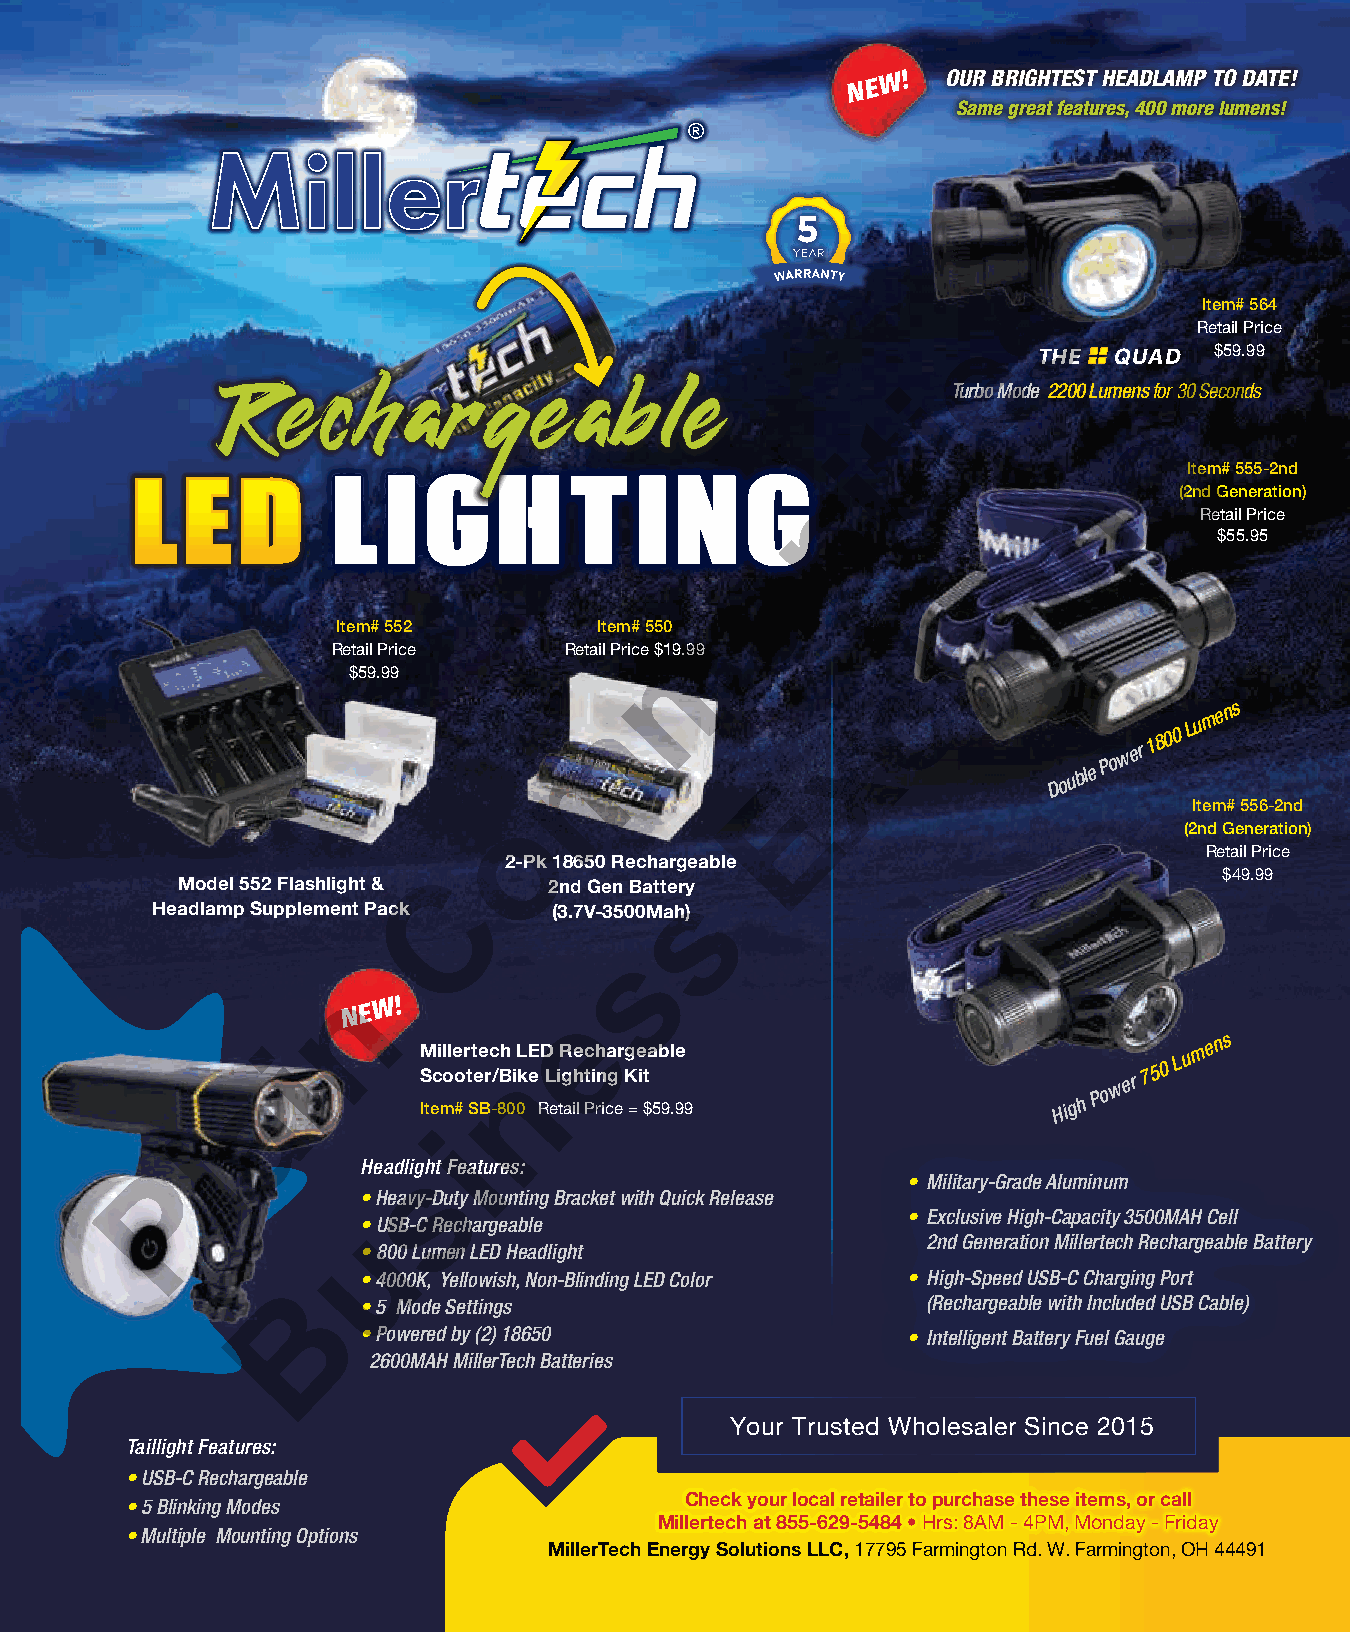
N E W ! OUR BRIGHTEST HEADLAMP TO DATE!
 Same great features, 400 more lumens!
 5
 s
 Item# 564
 Retail Price
 e
 THE  QUAD
 e$59.99
 Rechargeable
 iTurbo Mode 2200 Lumens for 30 Seconds
 g
 t
 LL  II GG  HH   TT  II NN   GG    i                      Item# 555-2nd
 n
 n                      (2nd Generation)
 Retail Price
 $55.95
 a
 u
 h
 Item# 552         Item# 550 m
 Retail Price   Retail Price $19.99
 $59.99                               c
 m
 E
 x
 D o u
 ble P o w er 1 8 0 0 L u m e n s
 Item# 556-2nd
 o
 (2nd Generation)
 Retail Price
 2-Pk 18650 Rechargeab le
 $49.99
 Model 552 Flashlight & C 2nd Gen Battery
 s
 Headlamp Supplement Pack   (3.7V-3500Mah)
 s
 n
 N E W !        e
 ai         IM S teci ml ole #o r t St ee Brc -/ 8Bh
 0
 in 0L k E e
 R
 D L
 e
 i tR g ahe
 il
 c t Pih n rica g er Kg =e i $ta 5b 9l .e
 99                       Hig h
 P o w
 er 7 5 0 L u m e n s
 i
 l
 Headligsht Features:
 P                                                • Military-Grade Aluminum
 • Heavy-Duty Mounting Bracket with Quick Release
 • Exclusive High-Capacity 3500MAH Cell
 •u USB-C Rechargeable
 2nd Generation Millertech Rechargeable Battery
 • 800 Lumen LED Headlight
 • 4000K, Yellowish, Non-Blinding LED Color • High-Speed USB-C Charging Port
 B
 • 5 Mode Settings                    (Rechargeable with Included USB Cable)
 • Powered by (2) 18650              • Intelligent Battery Fuel Gauge
 2600MAH MillerTech Batteries
 Your Trusted Wholesaler Since 2015
 Taillight Features:
 • USB-C Rechargeable
 Check your local retailer to purchase these items, or call
 • 5 Blinking Modes
 Millertech at 855-629-5484 • Hrs: 8AM - 4PM, Monday - Friday
 • Multiple Mounting Options
 MillerTech Energy Solutions LLC, 17795 Far mington Rd. W. Farmington, OH 44491
 | December 2021 65